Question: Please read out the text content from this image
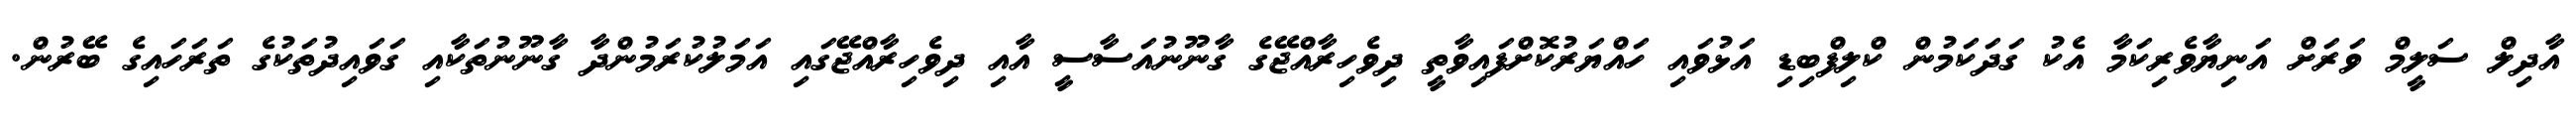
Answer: އާދިލް ސަލީމް ވަރަށް އަނިޔާވެރިކަމާ އެކު ގަދަކަމުން ކްލިފްބިޑި އަޅުވައި ހައްޔަރުކޮށްފައިވާތީ ދިވެހިރާއްޖޭގެ ގާނޫނުއަސާސީ އާއި ދިވެހިރާއްޖޭގައި އަމަލުކުރަމުންދާ ގާނޫނުތަކާއި ގަވައިދުތަކުގެ ތަރަހައިގެ ބޭރުން.